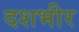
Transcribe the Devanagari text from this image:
दशभीर